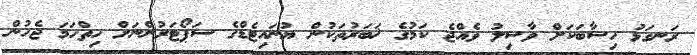
ރަނގަޅު ހިސާބަކަށް ވާސިލު ވެއްޖެ ކަމުގެ ޚަބަރުތަކުން ޔުނައިޓެޑްގެ ސަޕޯޓަރުންނަށް ހިތްހަމަ ޖެހުން